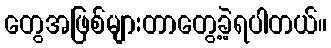
တွေအဖြစ်များတာတွေ့ခဲ့ရပါတယ်။